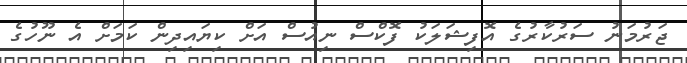
ޖަރުމަނު ސަރުކާރުގެ އޮފިޝަލަކު ފޮކްސް ނިއުސް އަށް ކިޔައިދިން ކަމަށް އެ ނޫހުގެ